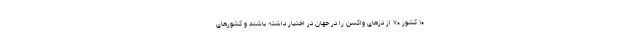
۱۰ کشور ۷۰ از دُزهای واکسن را در جهان در اختیار داشته باشند و کشورهای